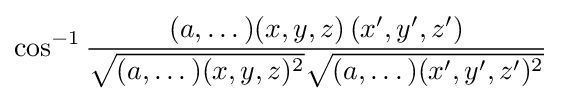
\cos ^{-1}{\frac {(a,\dots )(x,y,z)\left(x',y',z'\right)}{{\sqrt {(a,\dots )(x,y,z)^{2}}}{\sqrt {(a,\dots )(x',y',z')^{2}}}}}